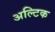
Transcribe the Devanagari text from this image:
अल्टिक